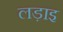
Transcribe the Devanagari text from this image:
लड़ाइ